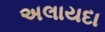
અલાયદા